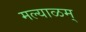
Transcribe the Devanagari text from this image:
मल्याळम्